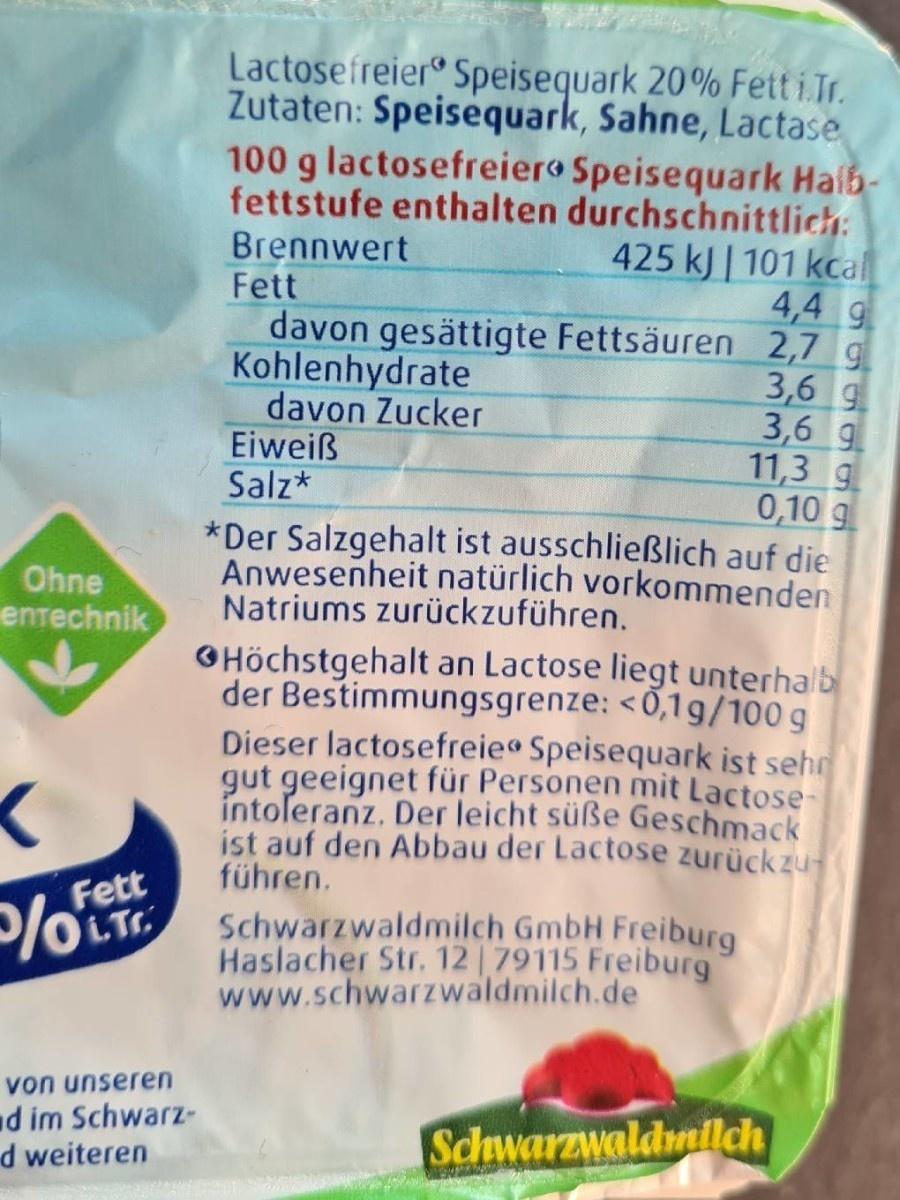
Lactosefreier Speisequark 20% Fett i.Tr. Zutaten: Speisequark, Sahne, Lactase 100 g lactosefreiero Speisequark Halb- fettstufe enthalten durchschnittlich:
Brennwert
425 kJ | 101 kcal 4,4 g davon gesättigte Fettsäuren 2,7 g 3,6 g 3,6 9 11,3 g. 0,10 g *Der Salzgehalt ist ausschließlich auf die Anwesenheit natürlich vorkommenden
Fett
Kohlenhydrate davon Zucker Eiweiß Salz*
Ohne
entechnik
Natriums zurückzuführen.
OHöchstgehalt an Lactose liegt unterhalb der Bestimmungsgrenze: <0,1g/100 g Dieser lactosefreieo Speisequark ist sehr gut geeignet für Personen mit Lactose- intoleranz. Der leicht süße Geschmack ist auf den Abbau der Lactose zurückzu führen.
Fett LTr
Schwarzwaldmilch GmbH Freiburg Haslacher Str. 12 | 79115 Freiburg www.schwarzwaldmilch.de
von unseren d im Schwarz- d weiteren
Schwarzwaldmallch